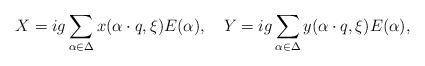
\begin{align*}X=ig\sum_{\alpha\in\Delta}x(\alpha\cdot q, \xi)E(\alpha),\quad Y=ig\sum_{\alpha\in\Delta}y(\alpha\cdot q, \xi)E(\alpha), \end{align*}